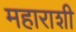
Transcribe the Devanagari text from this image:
महाराशी